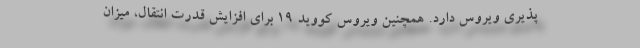
پذیری ویروس دارد. همچنین ویروس کووید ۱۹ برای افزایش قدرت انتقال، میزان